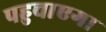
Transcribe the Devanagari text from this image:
पहुचाएगा